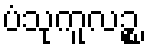
ပံသုကူလဉ္စ